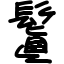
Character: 鬒